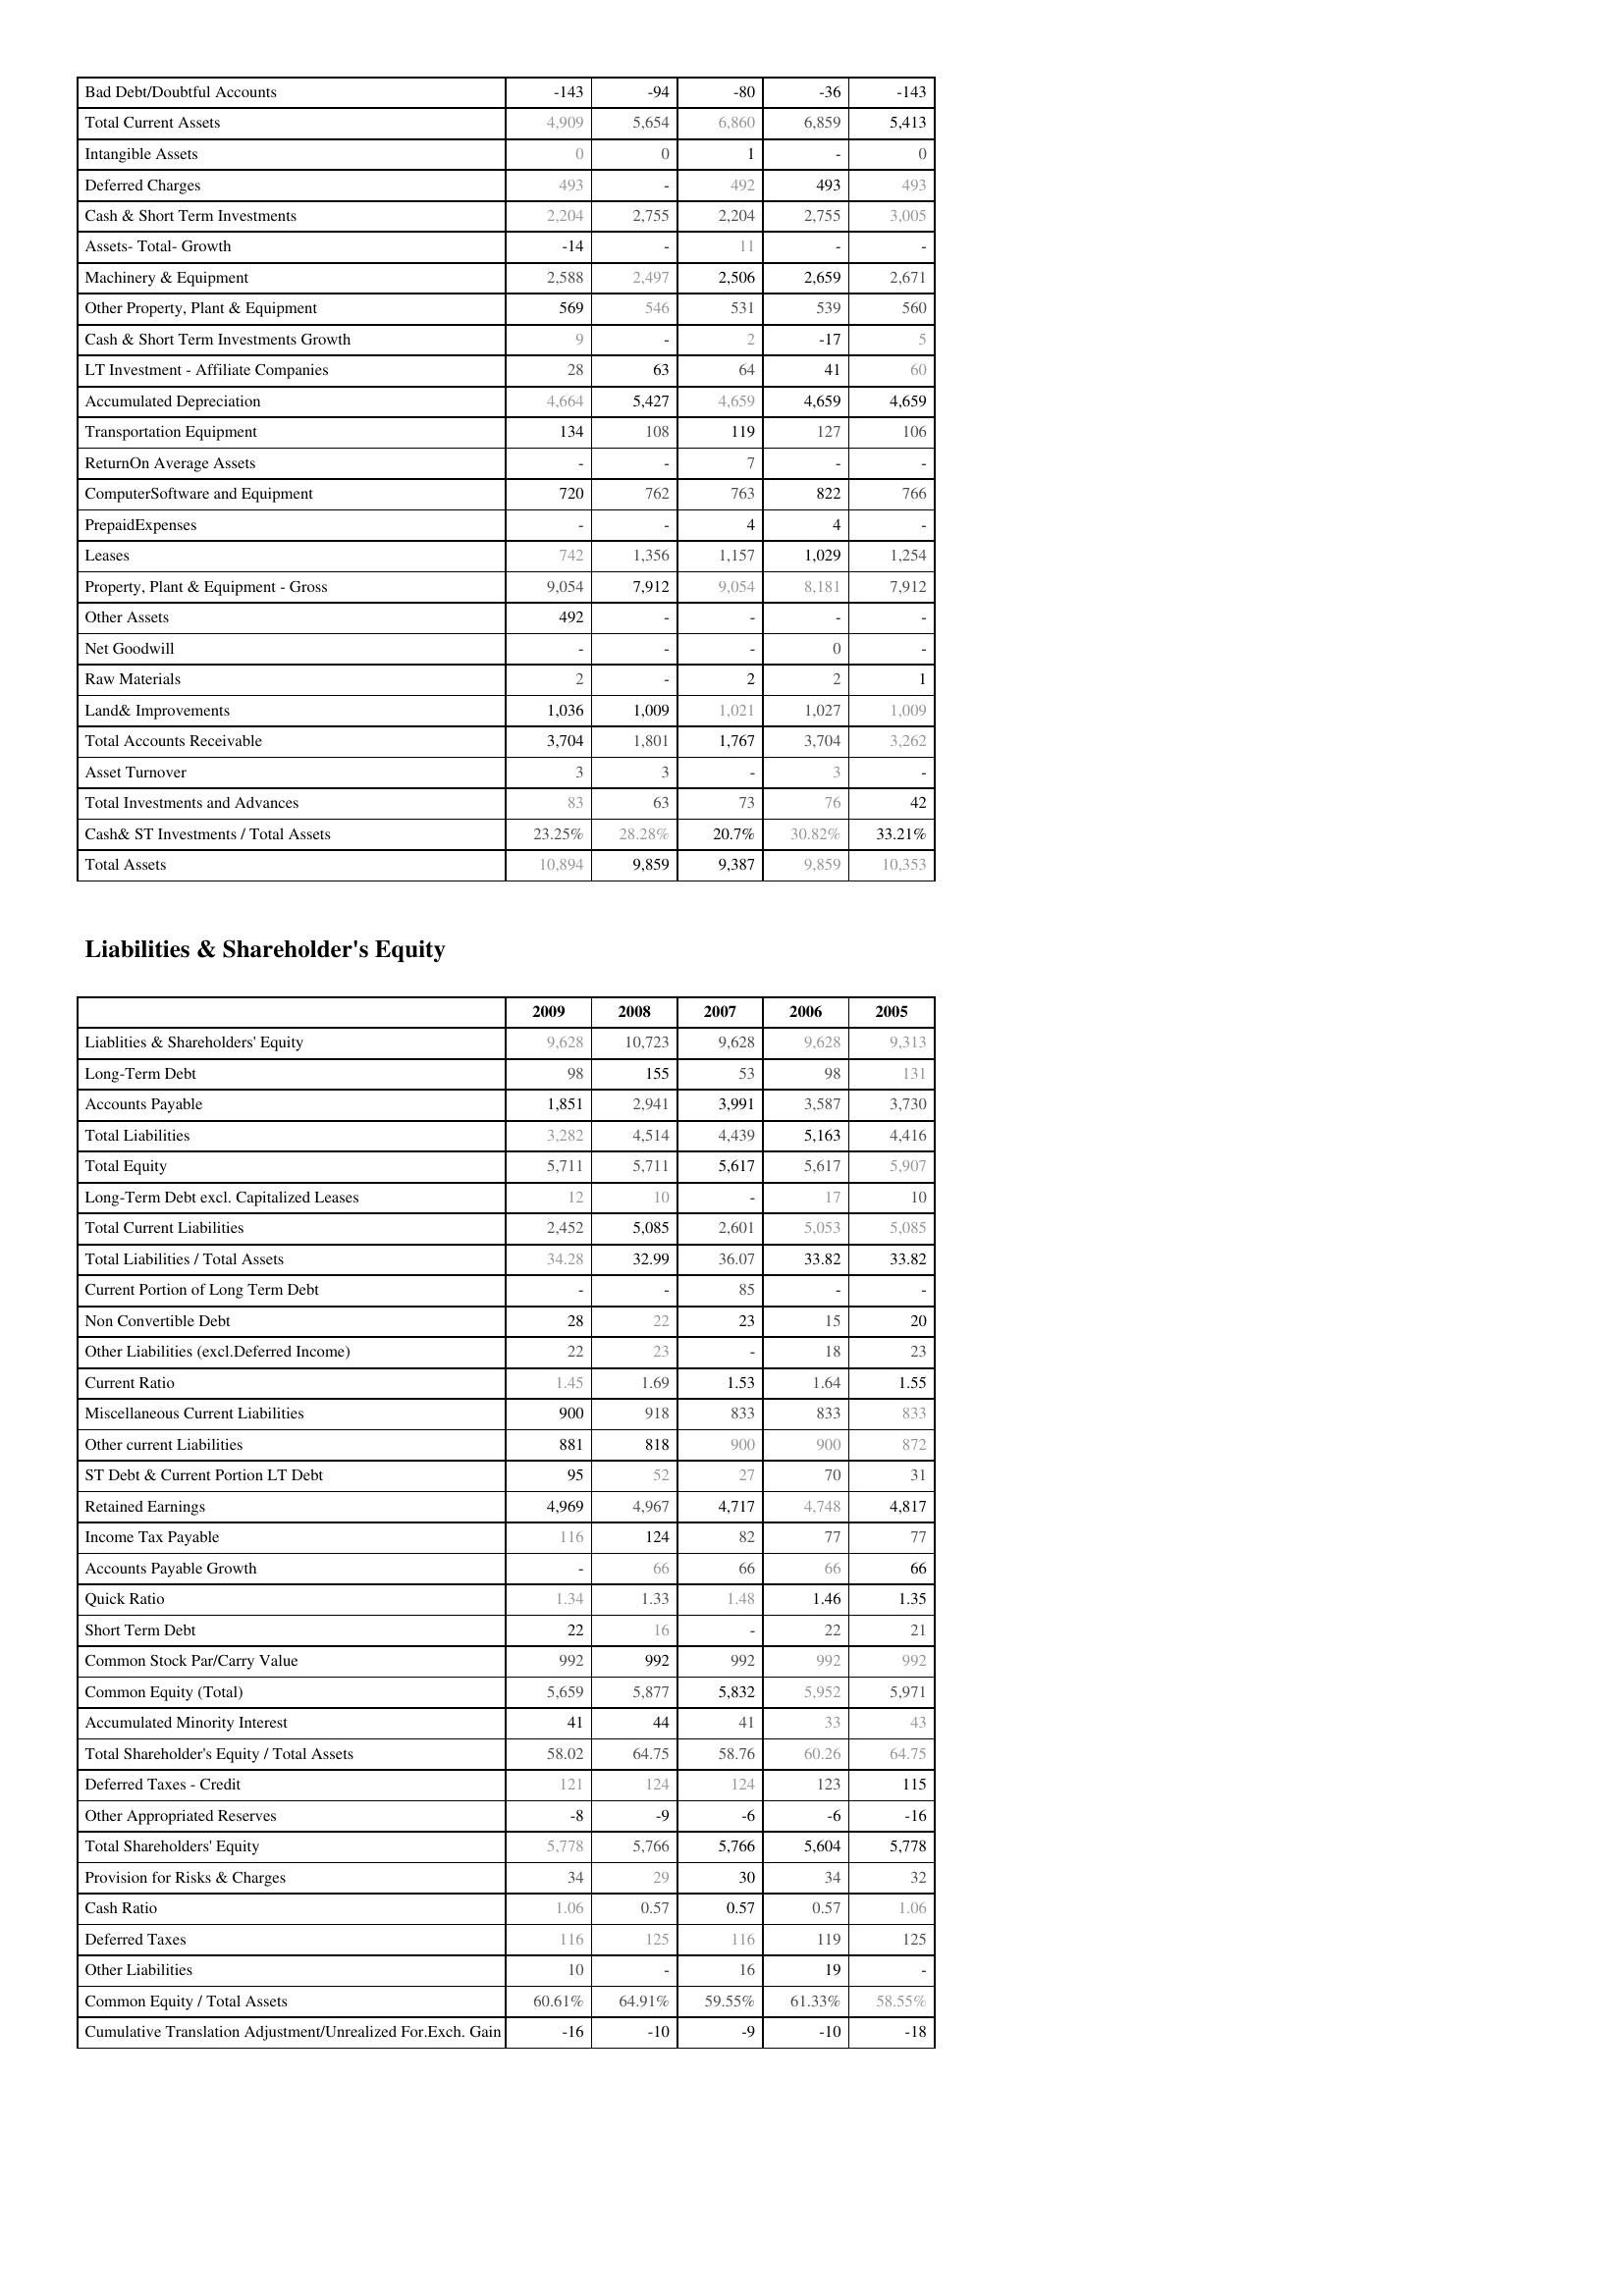
2009: Assets: Bad Debt/Doubtful Accounts: -143
Total Current Assets: 4,909
Intangible Assets: 0
Deferred Charges: 493
Cash & Short Term Investments: 2,204
Assets- Total- Growth: -14
Machinery & Equipment: 2,588
Other Property, Plant & Equipment: 569
Cash & Short Term Investments Growth: 9
LT Investment - Affiliate Companies: 28
Accumulated Depreciation: 4,664
Transportation Equipment: 134
ReturnOn Average Assets: -
ComputerSoftware and Equipment: 720
PrepaidExpenses: -
Leases: 742
Property, Plant & Equipment - Gross : 9,054
Other Assets: 492
Net Goodwill: -
Raw Materials: 2
Land& Improvements: 1,036
Total Accounts Receivable: 3,704
Asset Turnover: 3
Total Investments and Advances: 83
Cash& ST Investments / Total Assets: 23.25%
Total Assets: 10,894
Liabilities & Shareholder's Equity: Liablities & Shareholders' Equity: 9,628
Long-Term Debt: 98
Accounts Payable: 1,851
Total Liabilities: 3,282
Total Equity: 5,711
Long-Term Debt excl. Capitalized Leases: 12
Total Current Liabilities: 2,452
Total Liabilities / Total Assets: 34.28
Current Portion of Long Term Debt: -
Non Convertible Debt: 28
Other Liabilities (excl.Deferred Income): 22
Current Ratio: 1.45
Miscellaneous Current Liabilities: 900
Other current Liabilities: 881
ST Debt & Current Portion LT Debt: 95
Retained Earnings: 4,969
Income Tax Payable: 116
Accounts Payable Growth: -
Quick Ratio: 1.34
Short Term Debt: 22
Common Stock Par/Carry Value: 992
Common Equity (Total): 5,659
Accumulated Minority Interest: 41
Total Shareholder's Equity / Total Assets: 58.02
Deferred Taxes - Credit: 121
Other Appropriated Reserves: -8
Total Shareholders' Equity: 5,778
Provision for Risks & Charges: 34
Cash Ratio: 1.06
Deferred Taxes: 116
Other Liabilities: 10
Common Equity / Total Assets: 60.61%
Cumulative Translation Adjustment/Unrealized For.Exch. Gain: -16
2008: Assets: Bad Debt/Doubtful Accounts: -94
Total Current Assets: 5,654
Intangible Assets: 0
Deferred Charges: -
Cash & Short Term Investments: 2,755
Assets- Total- Growth: -
Machinery & Equipment: 2,497
Other Property, Plant & Equipment: 546
Cash & Short Term Investments Growth: -
LT Investment - Affiliate Companies: 63
Accumulated Depreciation: 5,427
Transportation Equipment: 108
ReturnOn Average Assets: -
ComputerSoftware and Equipment: 762
PrepaidExpenses: -
Leases: 1,356
Property, Plant & Equipment - Gross : 7,912
Other Assets: -
Net Goodwill: -
Raw Materials: -
Land& Improvements: 1,009
Total Accounts Receivable: 1,801
Asset Turnover: 3
Total Investments and Advances: 63
Cash& ST Investments / Total Assets: 28.28%
Total Assets: 9,859
Liabilities & Shareholder's Equity: Liablities & Shareholders' Equity: 10,723
Long-Term Debt: 155
Accounts Payable: 2,941
Total Liabilities: 4,514
Total Equity: 5,711
Long-Term Debt excl. Capitalized Leases: 10
Total Current Liabilities: 5,085
Total Liabilities / Total Assets: 32.99
Current Portion of Long Term Debt: -
Non Convertible Debt: 22
Other Liabilities (excl.Deferred Income): 23
Current Ratio: 1.69
Miscellaneous Current Liabilities: 918
Other current Liabilities: 818
ST Debt & Current Portion LT Debt: 52
Retained Earnings: 4,967
Income Tax Payable: 124
Accounts Payable Growth: 66
Quick Ratio: 1.33
Short Term Debt: 16
Common Stock Par/Carry Value: 992
Common Equity (Total): 5,877
Accumulated Minority Interest: 44
Total Shareholder's Equity / Total Assets: 64.75
Deferred Taxes - Credit: 124
Other Appropriated Reserves: -9
Total Shareholders' Equity: 5,766
Provision for Risks & Charges: 29
Cash Ratio: 0.57
Deferred Taxes: 125
Other Liabilities: -
Common Equity / Total Assets: 64.91%
Cumulative Translation Adjustment/Unrealized For.Exch. Gain: -10
2007: Assets: Bad Debt/Doubtful Accounts: -80
Total Current Assets: 6,860
Intangible Assets: 1
Deferred Charges: 492
Cash & Short Term Investments: 2,204
Assets- Total- Growth: 11
Machinery & Equipment: 2,506
Other Property, Plant & Equipment: 531
Cash & Short Term Investments Growth: 2
LT Investment - Affiliate Companies: 64
Accumulated Depreciation: 4,659
Transportation Equipment: 119
ReturnOn Average Assets: 7
ComputerSoftware and Equipment: 763
PrepaidExpenses: 4
Leases: 1,157
Property, Plant & Equipment - Gross : 9,054
Other Assets: -
Net Goodwill: -
Raw Materials: 2
Land& Improvements: 1,021
Total Accounts Receivable: 1,767
Asset Turnover: -
Total Investments and Advances: 73
Cash& ST Investments / Total Assets: 20.7%
Total Assets: 9,387
Liabilities & Shareholder's Equity: Liablities & Shareholders' Equity: 9,628
Long-Term Debt: 53
Accounts Payable: 3,991
Total Liabilities: 4,439
Total Equity: 5,617
Long-Term Debt excl. Capitalized Leases: -
Total Current Liabilities: 2,601
Total Liabilities / Total Assets: 36.07
Current Portion of Long Term Debt: 85
Non Convertible Debt: 23
Other Liabilities (excl.Deferred Income): -
Current Ratio: 1.53
Miscellaneous Current Liabilities: 833
Other current Liabilities: 900
ST Debt & Current Portion LT Debt: 27
Retained Earnings: 4,717
Income Tax Payable: 82
Accounts Payable Growth: 66
Quick Ratio: 1.48
Short Term Debt: -
Common Stock Par/Carry Value: 992
Common Equity (Total): 5,832
Accumulated Minority Interest: 41
Total Shareholder's Equity / Total Assets: 58.76
Deferred Taxes - Credit: 124
Other Appropriated Reserves: -6
Total Shareholders' Equity: 5,766
Provision for Risks & Charges: 30
Cash Ratio: 0.57
Deferred Taxes: 116
Other Liabilities: 16
Common Equity / Total Assets: 59.55%
Cumulative Translation Adjustment/Unrealized For.Exch. Gain: -9
2006: Assets: Bad Debt/Doubtful Accounts: -36
Total Current Assets: 6,859
Intangible Assets: -
Deferred Charges: 493
Cash & Short Term Investments: 2,755
Assets- Total- Growth: -
Machinery & Equipment: 2,659
Other Property, Plant & Equipment: 539
Cash & Short Term Investments Growth: -17
LT Investment - Affiliate Companies: 41
Accumulated Depreciation: 4,659
Transportation Equipment: 127
ReturnOn Average Assets: -
ComputerSoftware and Equipment: 822
PrepaidExpenses: 4
Leases: 1,029
Property, Plant & Equipment - Gross : 8,181
Other Assets: -
Net Goodwill: 0
Raw Materials: 2
Land& Improvements: 1,027
Total Accounts Receivable: 3,704
Asset Turnover: 3
Total Investments and Advances: 76
Cash& ST Investments / Total Assets: 30.82%
Total Assets: 9,859
Liabilities & Shareholder's Equity: Liablities & Shareholders' Equity: 9,628
Long-Term Debt: 98
Accounts Payable: 3,587
Total Liabilities: 5,163
Total Equity: 5,617
Long-Term Debt excl. Capitalized Leases: 17
Total Current Liabilities: 5,053
Total Liabilities / Total Assets: 33.82
Current Portion of Long Term Debt: -
Non Convertible Debt: 15
Other Liabilities (excl.Deferred Income): 18
Current Ratio: 1.64
Miscellaneous Current Liabilities: 833
Other current Liabilities: 900
ST Debt & Current Portion LT Debt: 70
Retained Earnings: 4,748
Income Tax Payable: 77
Accounts Payable Growth: 66
Quick Ratio: 1.46
Short Term Debt: 22
Common Stock Par/Carry Value: 992
Common Equity (Total): 5,952
Accumulated Minority Interest: 33
Total Shareholder's Equity / Total Assets: 60.26
Deferred Taxes - Credit: 123
Other Appropriated Reserves: -6
Total Shareholders' Equity: 5,604
Provision for Risks & Charges: 34
Cash Ratio: 0.57
Deferred Taxes: 119
Other Liabilities: 19
Common Equity / Total Assets: 61.33%
Cumulative Translation Adjustment/Unrealized For.Exch. Gain: -10
2005: Assets: Bad Debt/Doubtful Accounts: -143
Total Current Assets: 5,413
Intangible Assets: 0
Deferred Charges: 493
Cash & Short Term Investments: 3,005
Assets- Total- Growth: -
Machinery & Equipment: 2,671
Other Property, Plant & Equipment: 560
Cash & Short Term Investments Growth: 5
LT Investment - Affiliate Companies: 60
Accumulated Depreciation: 4,659
Transportation Equipment: 106
ReturnOn Average Assets: -
ComputerSoftware and Equipment: 766
PrepaidExpenses: -
Leases: 1,254
Property, Plant & Equipment - Gross : 7,912
Other Assets: -
Net Goodwill: -
Raw Materials: 1
Land& Improvements: 1,009
Total Accounts Receivable: 3,262
Asset Turnover: -
Total Investments and Advances: 42
Cash& ST Investments / Total Assets: 33.21%
Total Assets: 10,353
Liabilities & Shareholder's Equity: Liablities & Shareholders' Equity: 9,313
Long-Term Debt: 131
Accounts Payable: 3,730
Total Liabilities: 4,416
Total Equity: 5,907
Long-Term Debt excl. Capitalized Leases: 10
Total Current Liabilities: 5,085
Total Liabilities / Total Assets: 33.82
Current Portion of Long Term Debt: -
Non Convertible Debt: 20
Other Liabilities (excl.Deferred Income): 23
Current Ratio: 1.55
Miscellaneous Current Liabilities: 833
Other current Liabilities: 872
ST Debt & Current Portion LT Debt: 31
Retained Earnings: 4,817
Income Tax Payable: 77
Accounts Payable Growth: 66
Quick Ratio: 1.35
Short Term Debt: 21
Common Stock Par/Carry Value: 992
Common Equity (Total): 5,971
Accumulated Minority Interest: 43
Total Shareholder's Equity / Total Assets: 64.75
Deferred Taxes - Credit: 115
Other Appropriated Reserves: -16
Total Shareholders' Equity: 5,778
Provision for Risks & Charges: 32
Cash Ratio: 1.06
Deferred Taxes: 125
Other Liabilities: -
Common Equity / Total Assets: 58.55%
Cumulative Translation Adjustment/Unrealized For.Exch. Gain: -18